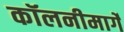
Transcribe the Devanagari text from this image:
कॉलनीमार्गे